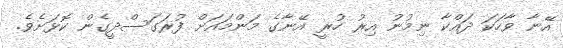
އޭނާ ވާހަކަ ދައްކާ ނިމުނު އިރު ހުރީ އޭނާގެ މަންމައަށް ފުރަގަސްދީގެން ކޮޅަށެވެ.